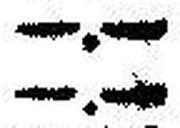
—.—